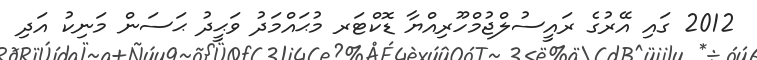
2012 ގައި އޭރުގެ ރައީސުލްޖުމްހޫރިއްޔާ ޑޮކްޓަރ މުޙައްމަދު ވަޙީދު ޙަސަން މަނިކު އަދި